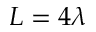
L = 4 \lambda